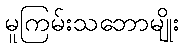
မူကြမ်းသဘောမျိုး